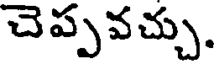
చెప్పవచ్చు.